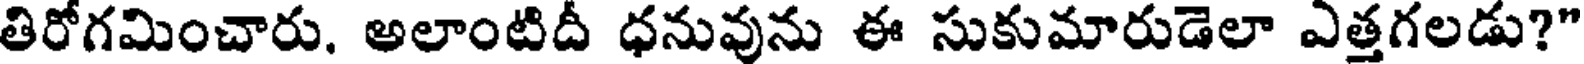
తిరోగమించారు. అలాంటిదీ ధనువును ఈ సుకుమారుడెలా ఎత్తగలడు?"